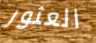
العثور